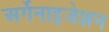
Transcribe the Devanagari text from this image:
अर्गेनाइजेशन